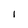
Character: I